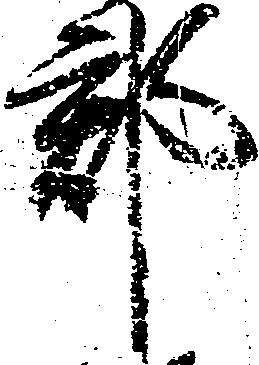
郡